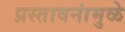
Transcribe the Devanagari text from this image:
प्रस्तावनांमुळे